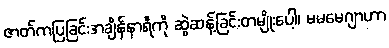
ဇာတ်ကပြခြင်းအချိန်နာရီကို ဆွဲဆန့်ခြင်းတမျိုးပေါ့၊ မမမေဂျာဟာ